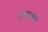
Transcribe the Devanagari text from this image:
व्क्या